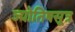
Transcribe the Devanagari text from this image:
ज्योतिषसूत्र